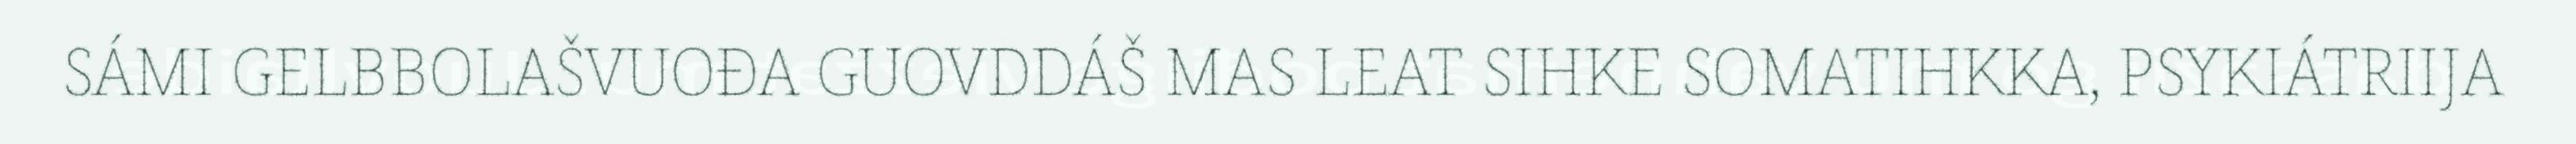
SÁMI GELBBOLAŠVUOĐA GUOVDDÁŠ MAS LEAT SIHKE SOMATIHKKA, PSYKIÁTRIIJA